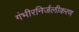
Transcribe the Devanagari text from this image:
गंभीरनिर्जलीकरण